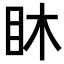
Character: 𥄢